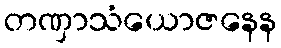
တဏှာသံယောဇနေန